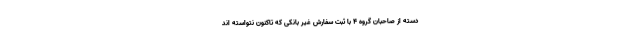
دسته از صاحبان گروه ۴ با ثبت سفارش غیر بانکی که تاکنون نتواسته اند